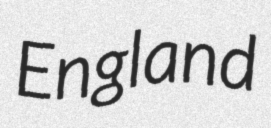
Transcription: England